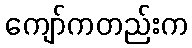
ကျော်ကတည်းက